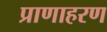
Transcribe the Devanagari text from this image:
प्राणाहरण